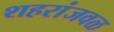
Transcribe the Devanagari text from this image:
शहरांजवळ